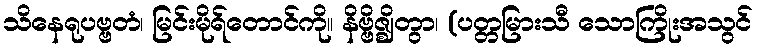
သိနေရုပဗ္ဗတံ၊ မြင်းမိုရ်တောင်ကို။ နိဗ္ဗိဇ္ဈိတွာ၊ (ပတ္တမြားသီ သောကြိုးအသွင်